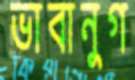
ভাবানুগ